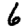
Digit: 6